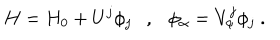
LaTeX: H = H _ { 0 } + U ^ { j } \phi _ { j } \ \ \ , \ \ \ \phi _ { \alpha } = V _ { \alpha } ^ { j } \phi _ { j } \ .